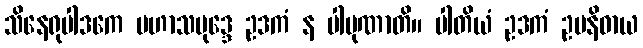
သိနေရုပါဒကေ မဟာသမုဒ္ဒေ ဥဒကံ န ပါပုဏာတိ။ ပါတိယံ ဥဒကံ ဥပနိဓာယ